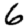
Digit: 6